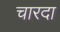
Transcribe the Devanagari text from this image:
चारदा